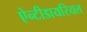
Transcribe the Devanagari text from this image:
ऐन्टीडायरियल